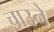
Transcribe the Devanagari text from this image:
चाउने